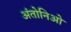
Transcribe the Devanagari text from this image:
अंतोनिओ